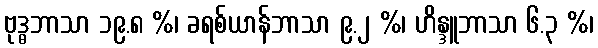
ဗုဒ္ဓဘာသာ ၁၉.၈ %၊ ခရစ်ယာန်ဘာသာ ၉.၂ %၊ ဟိန္ဒူဘာသာ ၆.၃ %၊